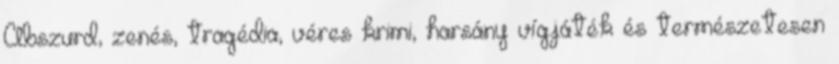
Abszurd, zenés, tragédia, véres krimi, harsány vígjáték és természetesen